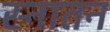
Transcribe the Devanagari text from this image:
स्नातन